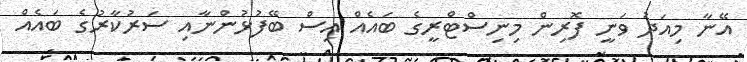
އޭނާ މިއަދު ވަނީ ފޮރިން މިނިސްޓްރީގެ ބައެއް އިސް ބޭފުޅުންނާއި ސަރުކާރުގެ ބައެއް